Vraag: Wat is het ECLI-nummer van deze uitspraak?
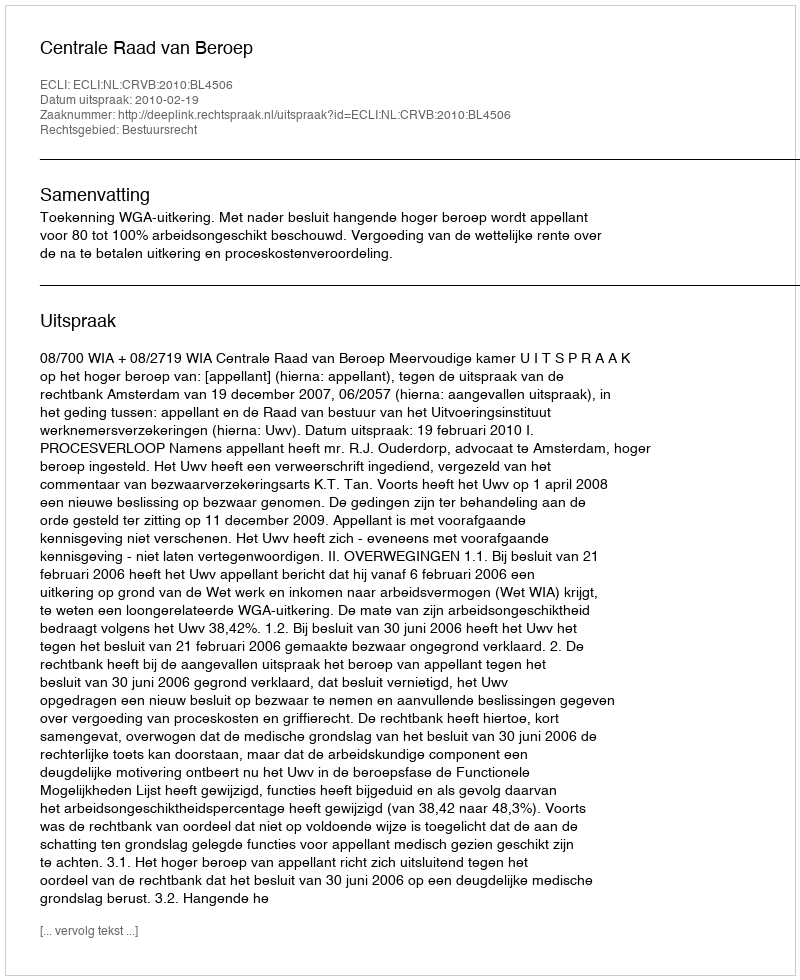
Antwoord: ECLI:NL:CRVB:2010:BL4506